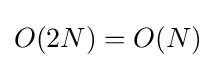
O(2N)=O(N)